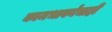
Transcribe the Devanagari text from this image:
कामभावनेचाही